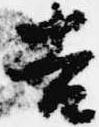
吉